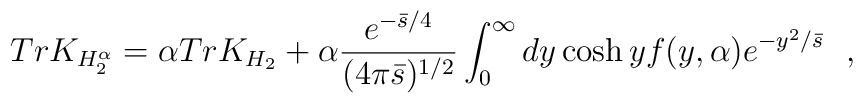
TrK_{H^\alpha_2}=\alpha TrK_{H_2}+\alpha {e^{-{\bar{s}/ 4}}\over (4\pi \bar{s})^{1/2}}\int_0^\infty dy \cosh y f(y,\alpha ) e^{-{y^2/ \bar{s}}}~~,